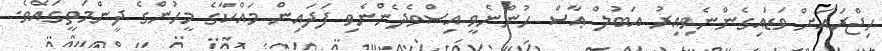
ހިޖްރައަށް ވަޑައިގެންނެވިއިރު އަބުލް ޢާސް ހުންނެވީ އިސްވެދެންނެވި ފަދައިން މައްކާގެ މީހުންގެ ދީންމަތީގައެވެ.